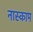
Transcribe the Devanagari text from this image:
नास्काम